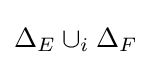
\Delta _{E}\cup _{i}\Delta _{F}